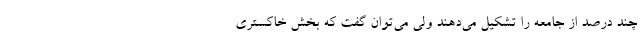
چند درصد از جامعه را تشکیل می‌دهند ولی می‌توان گفت که بخش خاکستری